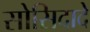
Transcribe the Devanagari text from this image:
सोसिदादे